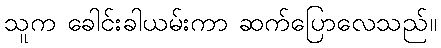
သူက ခေါင်းခါယမ်းကာ ဆက်ပြောလေသည်။